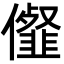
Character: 㒠